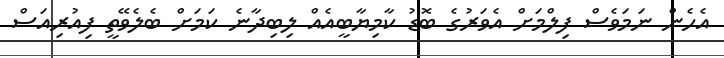
އެހެން ނަމަވެސް ފިލްމަށް އެވަރުގެ ބޮޑު ކާމިޔާބީއެއް ލިބިދާނެ ކަމަށް ބެލެވޭތީ ފިއުރިއަސް